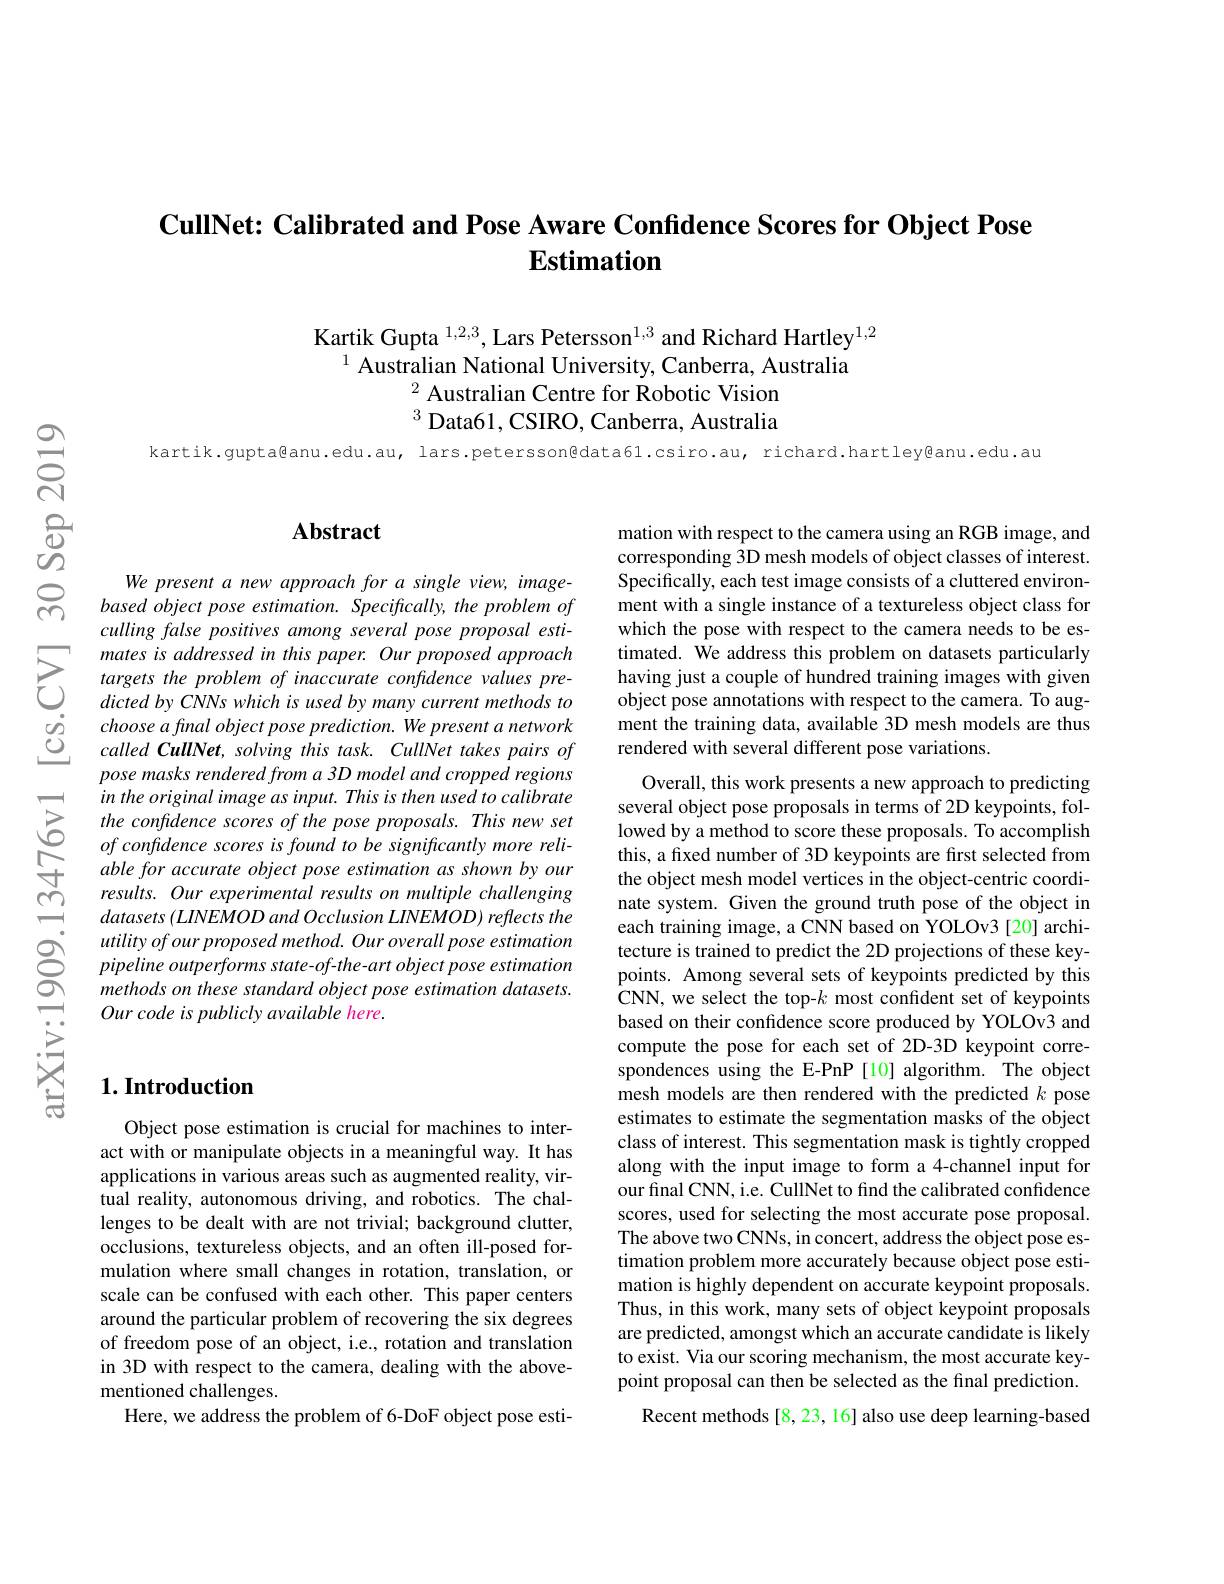
CullNet: Calibrated and Pose Aware Confidence Scores for Object Pose
# Estimation

Kartik Gupta $^{1,2,3}$, Lars Petersson$^{1,3}$ and Richard Hartley$^{1,2}$
$^{1}$ Australian National University, Canberra, Australia
$^{2}$ Australian Centre for Robotic Vision $^3$ Data61, CSIRO, Canberra, Australia

kartik.gupta@anu.edu.au, lars.petersson@data61.csiro.au, richard.hartley@anu.edu.au

## Abstract

mation with respect to the camera using an RGB image, and corresponding 3D mesh models of object classes of interest. Specifically, each test image consists of a cluttered environment with a single instance of a textureless object class for which the pose with respect to the camera needs to be estimated. We address this problem on datasets particularly having just a couple of hundred training images with given object pose annotations with respect to the camera. To augment the training data, available 3D mesh models are thus rendered with several different pose variations.

We present a new approach for a single view, imagebased object pose estimation. Specifically, the problem of culling false positives among several pose proposal estimates is addressed in this paper. Our proposed approach targets the problem of inaccurate confidence values predicted by CNNs which is used by many current methods to choose a final object pose prediction. We present a network called CullNet, solving this task. CullNet takes pairs of pose masks rendered from a 3D model and cropped regions in the original image as input. This is then used to calibrate the confdence scores of the pose proposals. This new set ofconfidence scores is found to be significantly more reliable for accurate object pose estimation as shown by our results. Our experimental results on multiple challenging $datasets\left ( LINEMOD\right . andOcclusion$ $LINEMOD)$ reflects the utility of our proposed method. Our overall pose estimation pipeline outperforms state-of-the-art object pose estimation methods on these standard object pose estimation datasets. Our code is publicly available here.

Overall, this work presents a new approach to predicting several object pose proposals in terms of 2D keypoints, followed by a method to score these proposals. To accomplish this, a fixed number of 3D keypoints are first selected from the object mesh model vertices in the object-centric coordinate system. Given the ground truth pose of the object in each training image, a CNN based on YOLOv3 [20] architecture is trained to predict the 2D projections of these keypoints. Among several sets of keypoints predicted by this CNN, we select the top-$k$ most confident set of keypoints based on their confidence score produced by YOLOv3 and compute the pose for each set of 2D-3D keypoint correspondences using the E-PnP [10] algorithm. The object mesh models are then rendered with the predicted $k$ pose estimates to estimate the segmentation masks of the object class of interest. This segmentation mask is tightly cropped along with the input image to form a 4-channel input for our final CNN, i.e. CullNet to find the calibrated confidence scores, used for selecting the most accurate pose proposal. The above two CNNs, in concert, address the object pose estimation problem more accurately because object pose estimation is highly dependent on accurate keypoint proposals Thus, in this work, many sets of object keypoint proposals are predicted, amongst which an accurate candidate is likely to exist. Via our scoring mechanism, the most accurate keypoint proposal can then be selected as the final prediction.
Recent methods [8,23,16] also use deep learning-based

## $1. \textbf{Introduction}$

Object pose estimation is crucial for machines to interact with or manipulate objects in a meaningful way. It has applications in various areas such as augmented reality, virtual reality, autonomous driving, and robotics. The challenges to be dealt with are not trivial; background clutter, occlusions, textureless objects, and an often ill-posed formulation where small changes in rotation, translation, or scale can be confused with each other. This paper centers around the particular problem of recovering the six degrees of freedom pose of an object, i.e., rotation and translation in 3D with respect to the camera, dealing with the abovementioned challenges.
Here, we address the problem of 6-DoF object pose esti-